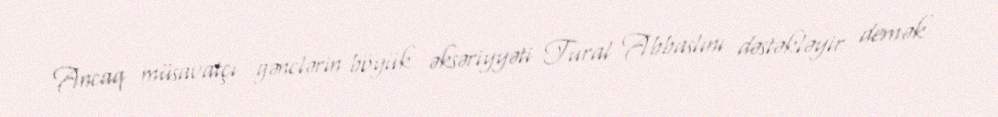
Ancaq müsavatçı gənclərin böyük əksəriyyəti Tural Abbaslını dəstəkləyir demək